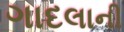
ગાદલાની